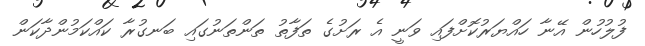
ފުލުހުން އޭނާ ހައްޔަރުކޮށްފައި ވަނީ އެ ރަށުގެ ތަފާތު ތަންތަނުގައި ބަނގުރާ ކައްކަމުންދާކަން